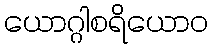
ယောဂ္ဂါစရိယောဝ